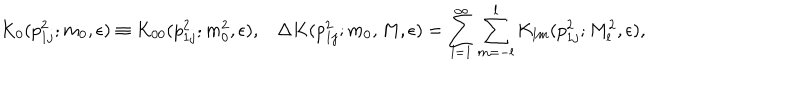
K _ { 0 } ( p _ { 1 j } ^ { 2 } ; m _ { 0 } , \epsilon ) \equiv K _ { 0 0 } ( p _ { 1 j } ^ { 2 } ; m _ { 0 } ^ { 2 } , \epsilon ) , \Delta K ( p _ { 1 j } ^ { 2 } ; m _ { 0 } , M , \epsilon ) = \sum _ { l = 1 } ^ { \infty } \sum _ { m = - l } ^ { l } K _ { l m } ( p _ { 1 j } ^ { 2 } ; M _ { l } ^ { 2 } , \epsilon ) ,